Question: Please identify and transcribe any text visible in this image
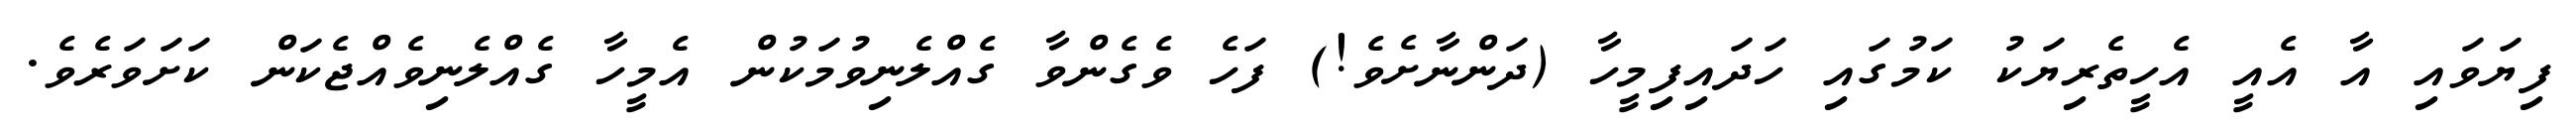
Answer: ފިޔަވައި އާ އެއީ އެހީތެރިޔަކު ކަމުގައި ހަދައިފިމީހާ (ދަންނާށެވެ!) ފަހެ ވެގެންވާ ގެއްލެނިވުމަކުން އެމީހާ ގެއްލެނިވެއްޖެކަން ކަށަވަރެވެ.